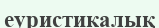
еуристикалық